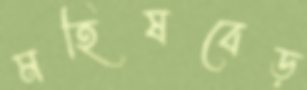
মহিষবেড়